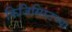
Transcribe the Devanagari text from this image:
फिजिसिस्टच्या